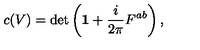
c ( V ) = \det \left( { \bf 1 } + \frac { i } { 2 \pi } F ^ { a b } \right) ,